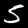
Label: 5